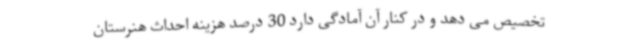
تخصیص می دهد و در کنار آن آمادگی دارد 30 درصد هزینه احداث هنرستان